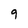
Character: 9